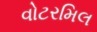
વોટરમિલ